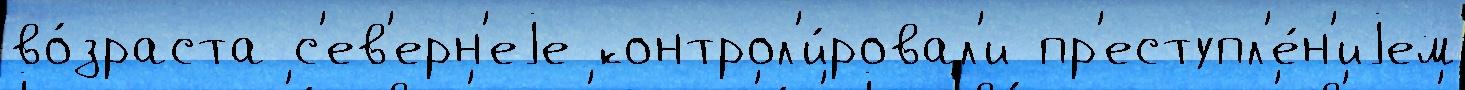
во́зраста с'ев'ерн'еjе контрол'и́ровал'и пр'еступл'е́н'иjем